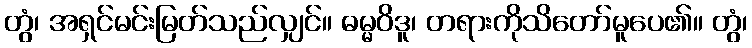
တွံ၊ အရှင်မင်းမြတ်သည်လျှင်။ ဓမ္မဝိဒူ၊ တရားကိုသိတော်မူပေ၏။ တွံ၊